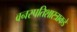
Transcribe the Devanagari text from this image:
वनस्पतिशास्त्राकडे